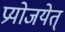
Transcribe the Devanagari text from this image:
प्रयोजयेत्